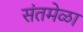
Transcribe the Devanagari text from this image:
संतमेळा